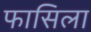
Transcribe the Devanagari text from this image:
फासिला